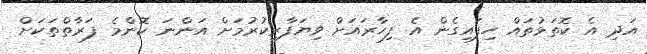
އަދި އެ ކޮތަޅުތައް ހިފައިގެން އެ ފިހާރައަށް ވިޔަފާރިކުރުމަށް އަންނަ ކޮންމެ ފަރާތްތަކަށް